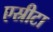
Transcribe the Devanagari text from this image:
एस्रीटा